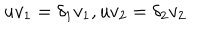
u v _ { 1 } = \delta _ { 1 } v _ { 1 } , u v _ { 2 } = \delta _ { 2 } v _ { 2 }